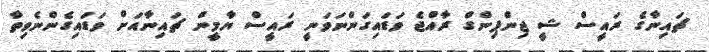
ޗައިނާގެ ރައީސް ޝީ ޖިންޕިންގް ރާއްޖެ ވަޑައިގަންނަވަނީ ރައީސް ޔާމީން ޗައިނާއަށް ވަޑައިގެންނެވިތާ